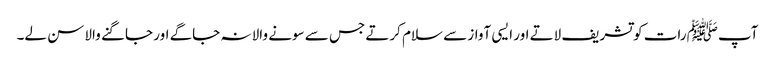
آپﷺ رات کو تشریف لاتے اور ایسی آواز سے سلام کرتے جس سے سونے والا نہ جاگے اور جاگنے والا سن لے۔